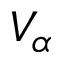
V _ { \alpha }